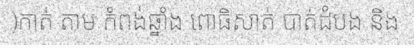
)កាត់ តាម កំពង់ឆ្នាំង ពោធិសាត់ បាត់ដំបង និង